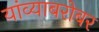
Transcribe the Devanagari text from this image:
यांव्याबरोबर